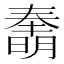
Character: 𰖫